Annual administration report of the Civil Veterinary Department of India - 1897-1898
Year: 1897
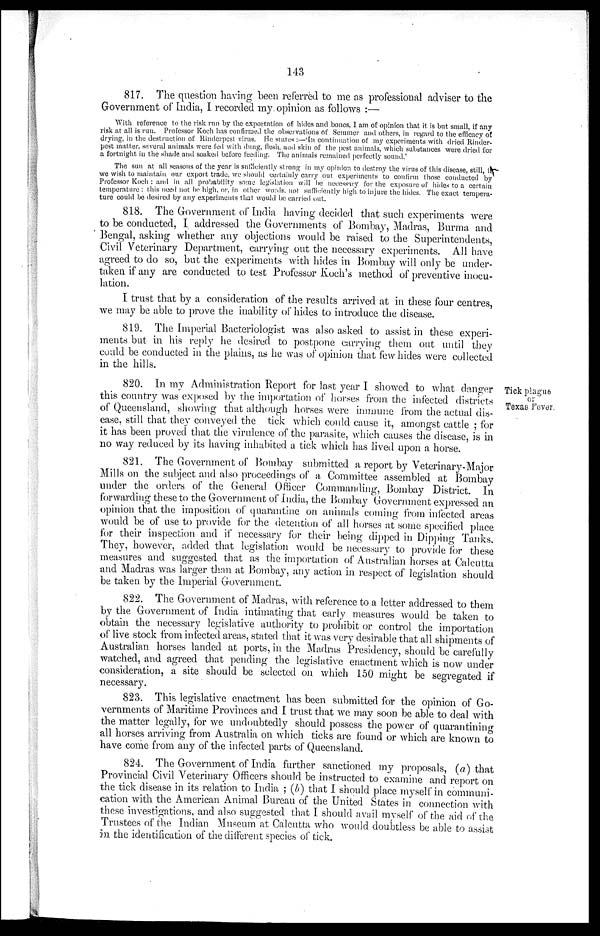
143
817. The question having been referred to me as professional adviser to the
Government of India, I recorded my. opinion as follows:—
With reference to the risk run by the exportation of hides and bones, I am of opinion that it is but small, if any
risk at all is run. Professor Koch has confirmed the observations of Semmer and others, in regard to the efficacy of
drying, in the destruction of Rinderpest virus. He states:—In continuation of my experiments with dried Rinder-
pest matter, several animals were fed with dung, flesh, and skin of the pest animals, which substances were dried for
a fortnight in the shade and soaked before feeding. The animals remained perfectly sound.'
The sun at all seasons of the year is sufficiently strong in my opinion to destroy the virus of this disease, still, if
we wish to maintain our export trade, we should certainly carry out experiments to confirm those conducted by
Professor Koch: and in all probability some legislation will be necessary for the exposure of hides to a certain
temperature: this need not he high, or, in other words not sufficiently high to injure the hides. The exact tempera-
ture could be desired by any experiments that would be carried out.
818. The Government of India having decided that such experiments were
to be conducted, I addressed the Governments of Bombay, Madras, Burma and
Bengal, asking whether any objections would be raised to the Superintendents,
Civil Veterinary Department, carrying out the necessary experiments. All have
agreed to do so, but the experiments with hides in Bombay will only be under-
taken if any are conducted to test Professor Koch's method of preventive inocu-
lation.
I trust that by a consideration of the results arrived at in these four centres,
we may be able to prove the inability of hides to introduce the disease.
819. The Imperial Bacteriologist was also asked to assist in these experi-
ments but in his reply he desired to postpone carrying them out until they
could be conducted in the plains, as he was of opinion that few hides were collected
in the hills.
Tick plague
or
Texas Fever.
820. In my Administration Report for last year I showed to what danger
this country was exposed by the importation of horses from the infected districts
of Queensland, showing that although horses were immune from the actual dis-
ease, still that they conveyed the tick which could cause it, amongst cattle; for
it has been proved that the virulence of the parasite, which causes the disease, is in
no way reduced by its having inhabited a tick which has lived upon a horse.
821. The Government of Bombay submitted a report by Veterinary-Major
Mills on the subject and also proceedings of a Committee assembled at Bombay
under the orders of the General Officer Commanding, Bombay District. In
forwarding these to the Government of India, the Bombay Government expressed an
opinion that the imposition of quarantine on animals coming from infected areas
would be of use to provide for the detention of all horses at some specified place
for their inspection and if necessary for their being dipped in Dipping Tanks.
They, however, added that legislation would be necessary to provide for these
measures and suggested that as the importation of Australian horses at Calcutta
and Madras was larger than at Bombay, any action in respect of legislation should
be taken by the Imperial Government.
822. The Government of Madras, with reference to a letter addressed to them
by the Government of India intimating that early measures would be taken to
obtain the necessary legislative authority to prohibit or control the importation
of live stock from infected areas, stated that it was very desirable that all shipments of
Australian horses landed at ports, in the Madras Presidency, should be carefully
watched, and agreed that pending the legislative enactment which is now under
consideration, a site should be selected on which 150 might be segregated if
necessary.
823. This legislative enactment has been submitted for the opinion of Go-
vernments of Maritime Provinces and I trust that we may soon be able to deal with
the matter legally, for we undoubtedly should possess the power of quarantining
all horses arriving from Australia on which ticks are found or which are known to
have come from any of the infected parts of Queensland.
824. The Government of India further sanctioned my proposals, (a) that
Provincial Civil Veterinary Officers should be instructed to examine and report on
the tick disease in its relation to India; (b) that I should place myself in communi-
cation with the American Animal Bureau of the United States in connection with
these investigations, and also suggested that I should avail myself of the aid of the
Trustees of the Indian Museum at Calcutta who would doubtless be able to assist
in the identification of the different species of tick.